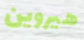
هيروين